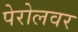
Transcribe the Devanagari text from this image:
पेरोलवर